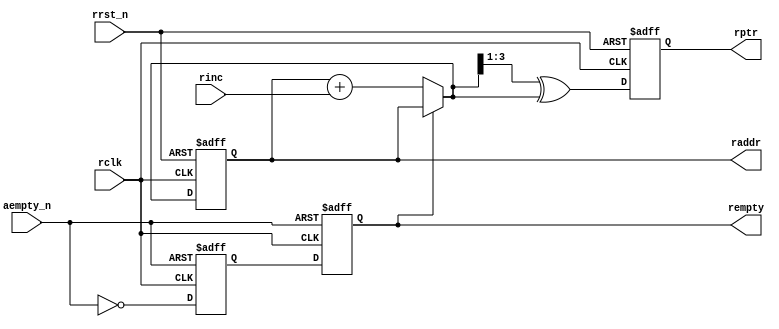
module rptr_empty #(
  parameter ASIZE  = 4
) (
  input                rclk,
  input                rrst_n,
  input                rinc,
  input                aempty_n,
  output [ASIZE-1:0]   raddr,
  output reg           rempty,
  output reg [ASIZE-1:0] rptr
);

reg [ASIZE-1:0] rbin;
wire [ASIZE-1:0] rgraynext;
wire [ASIZE-1:0] rbinnext;

always @(posedge rclk or negedge rrst_n) begin
  if(!rrst_n) begin
    {rbin, rptr} <= 0;
  end
  else begin
    {rbin, rptr} <= {rbinnext, rgraynext};
  end
end

assign raddr = rbin;
assign rgraynext = (rbinnext>>1) ^ rbinnext;
assign rbinnext = !rempty ? rbin + rinc : rbin;

  
reg rempty2;
always @(posedge rclk or negedge aempty_n) begin
  if(!aempty_n) begin
    {rempty,rempty2} <= 2'b11;
  end
  else begin
    {rempty,rempty2} <= {rempty2,~aempty_n};
  end
end


endmodule